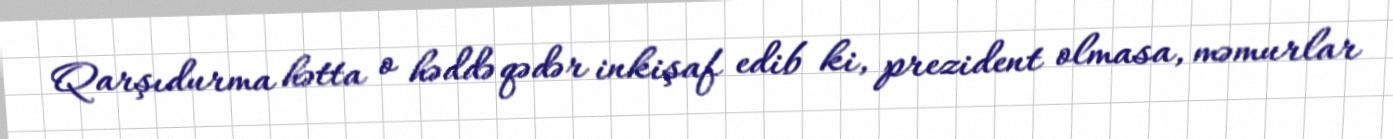
Qarşıdurma hətta o həddə qədər inkişaf edib ki, prezident olmasa, məmurlar